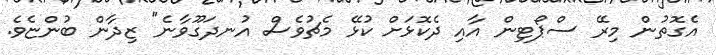
އެގޮތުން މިރޭ ސްޕޯޓިން އާއި ދެކޮޅަށް ކުޅޭ މެޗުވެސް އުނދަގޫވާނެ" ޒިދާން ބުންޏެވެ.